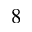
^ Ḋ 8 Ḍ